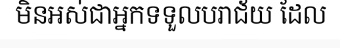
មិនអស់ជាអ្នកទទួលបរាជ័យ ដែល